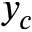
y _ { c }